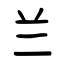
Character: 兰